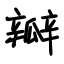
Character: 瓣